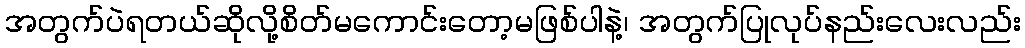
အတွက်ပဲရတယ်ဆိုလို့စိတ်မကောင်းတော့မဖြစ်ပါနဲ့၊ အတွက်ပြုလုပ်နည်းလေးလည်း